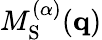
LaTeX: M_{\mathrm{S}}^{(\alpha)}(\mathbf{q})